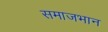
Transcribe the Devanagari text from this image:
समाजभान